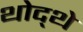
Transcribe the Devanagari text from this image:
थोद्थे